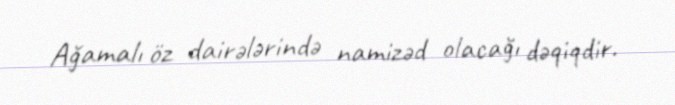
Ağamalı öz dairələrində namizəd olacağı dəqiqdir.